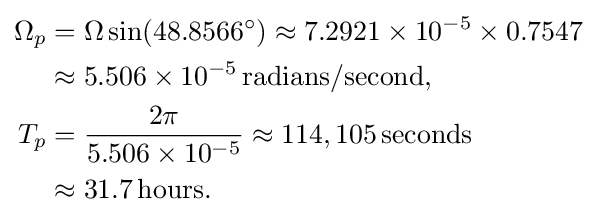
{\begin{aligned}\Omega _{p}&=\Omega \sin(48.8566^{\circ })\approx 7.2921\times 10^{-5}\times 0.7547\\&\approx 5.506\times 10^{-5}\,{\text{radians/second}},\\T_{p}&={\frac {2\pi }{5.506\times 10^{-5}}}\approx 114,105\,{\text{seconds}}\\&\approx 31.7\,{\text{hours}}.\end{aligned}}